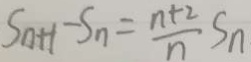
S _ { n + 1 } - S _ { n } = \frac { n + 2 } { n } S _ { n }